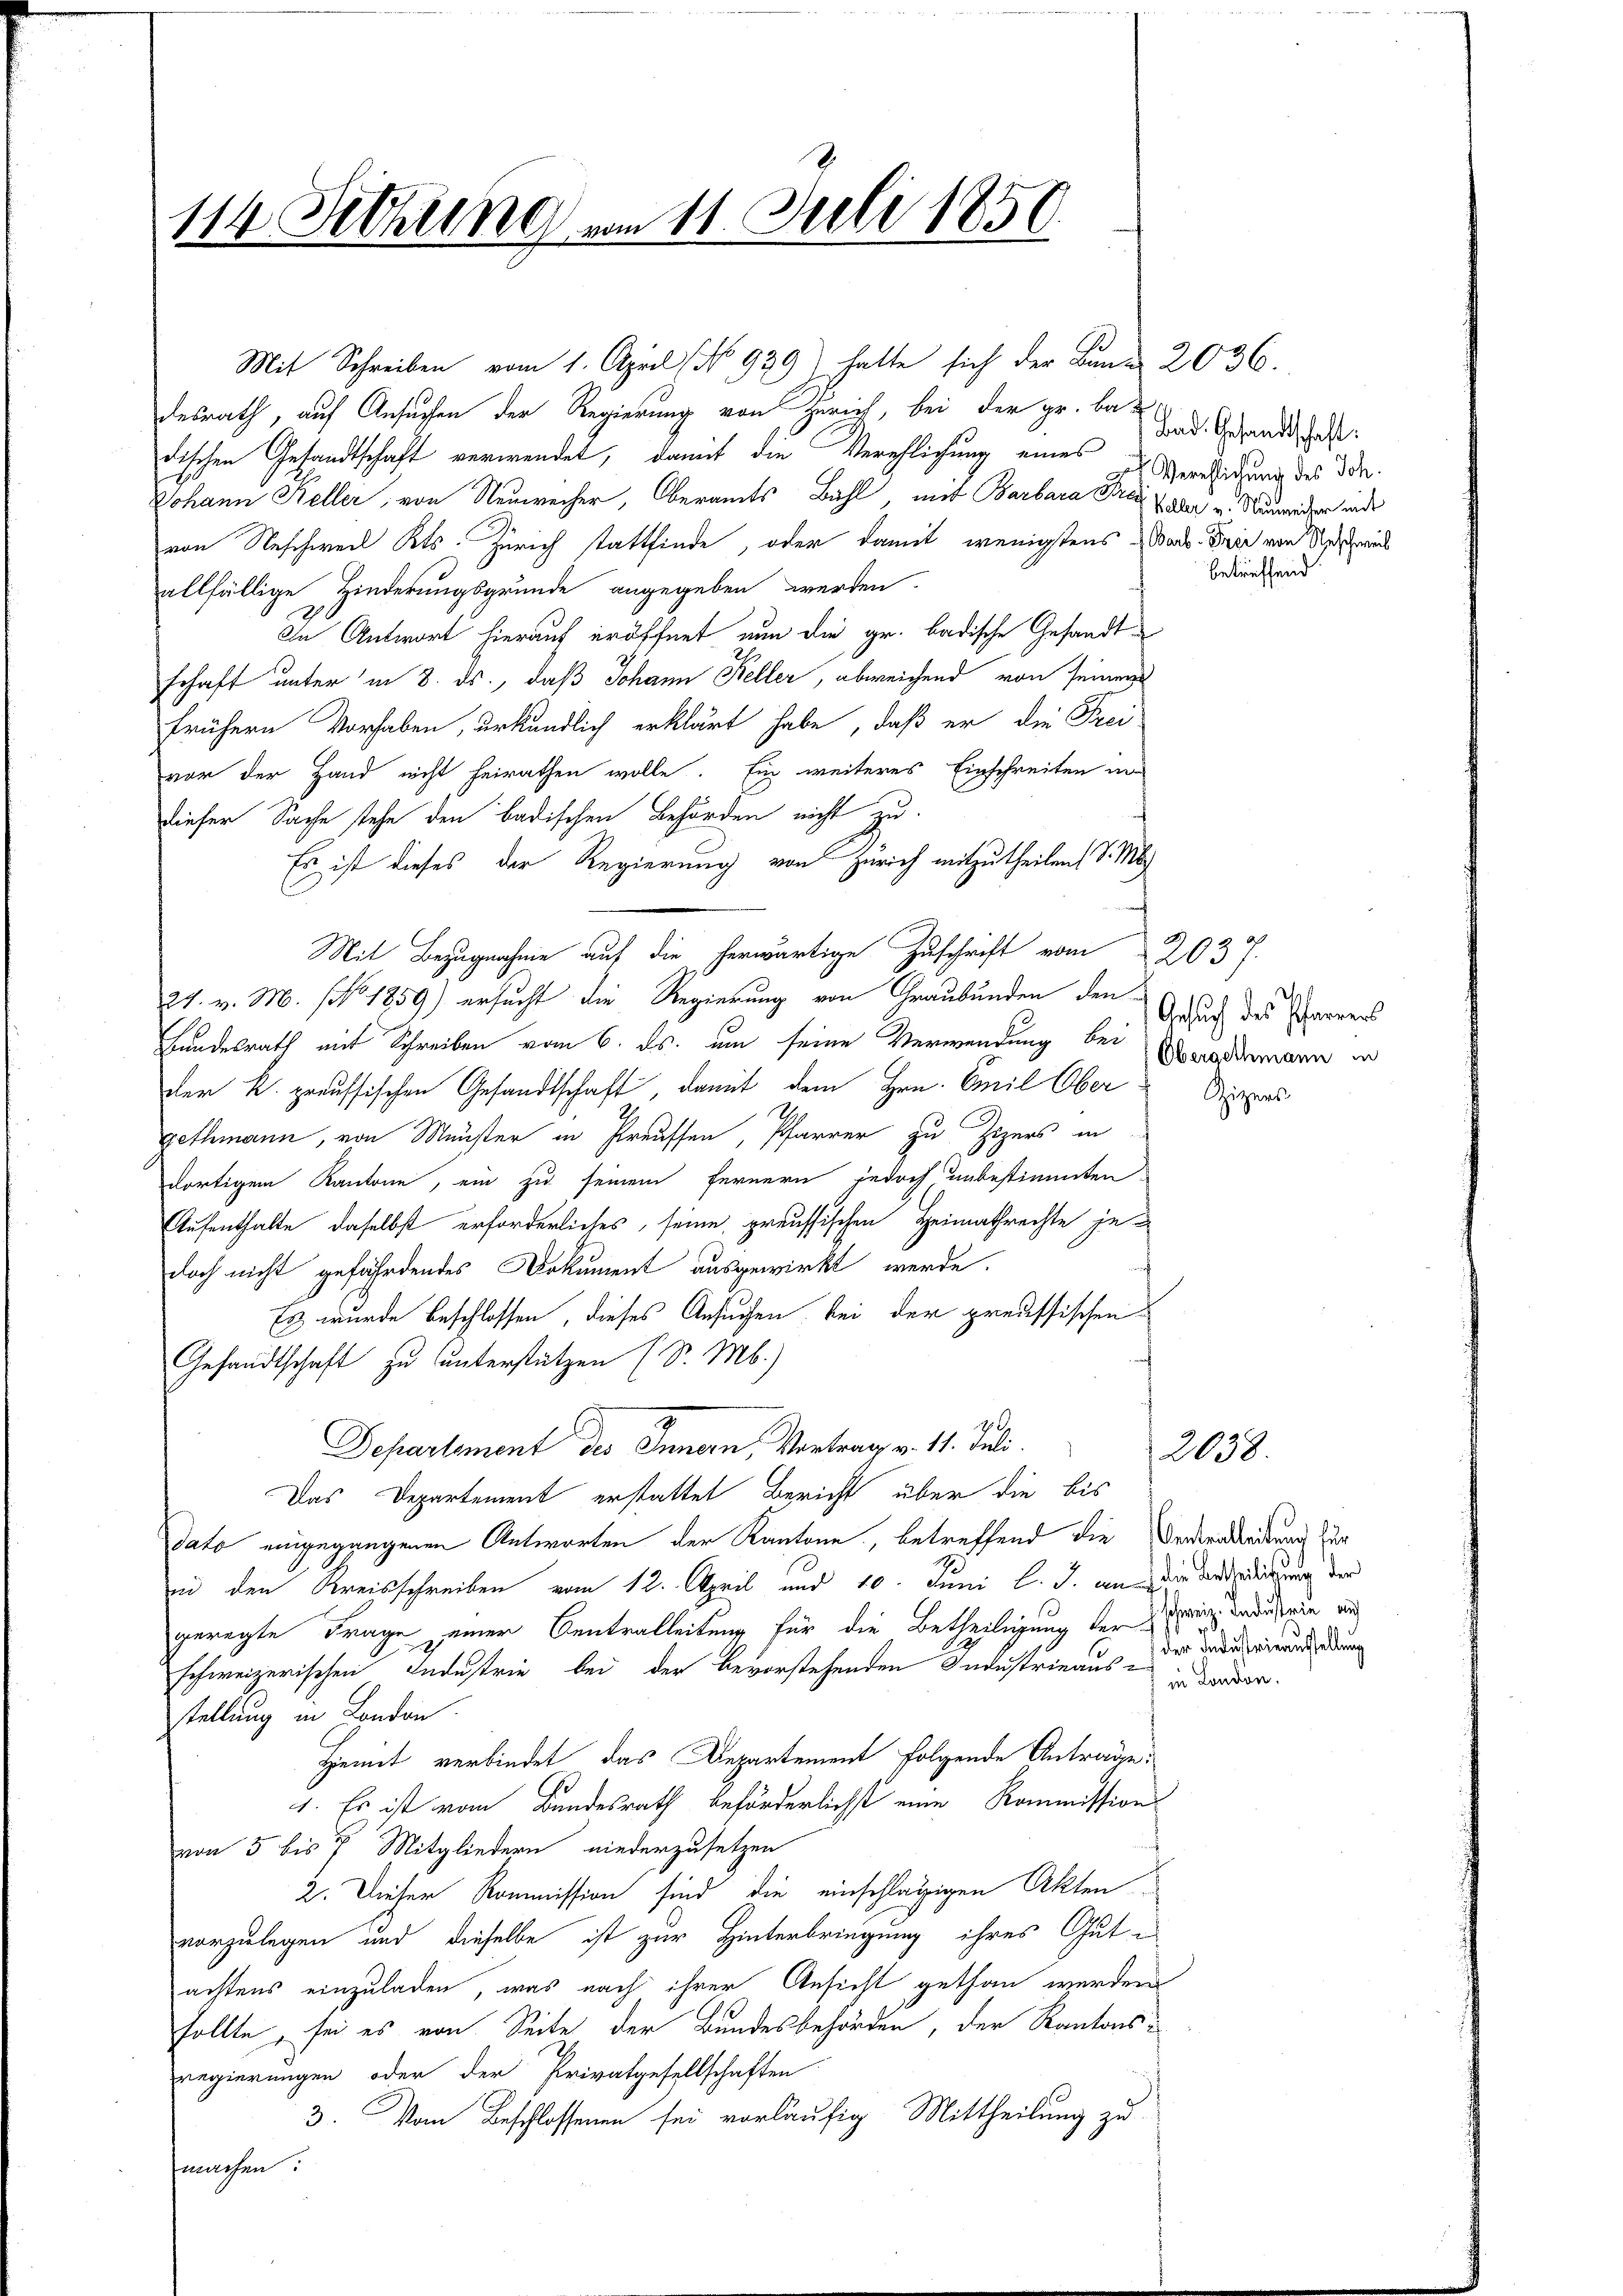
114 Sitzung vom 11. Juli 1850.

desrath, auf Ansuchen der Regierung von Zürich, bei der pr. bedischen Gesandtschaft verwendet, damit die Verehlichung eines
Johann Keller, von Neuweiser, Oberamts Bühl, mit Barbara Frei Tode u. Neuwider und
von Neschweil Kts. Zürich stattfinde, oder damit wenigstens Barb. Die von Unterrich
allfällige Hinderungsgrunde angegeben werden.
In Antwort hierauf eröffnet nun die gr. badische Gesandtschaft unter in 8. ds., daß Johann Keller, abweichend von seiner
frühern Vorhaben, urkundlich erklärt habe, daß er die Frei-
vor der Hand nicht heirathen wolle. Ein weiteres Einschreiten in
dieser Sache stehe den badischen Behörden nicht zu
Es ist dieses der Regierung von Zürich mitzutheilen, d. M.
Mit Bezugnahme auf die herwärtige Zuschrift vom 2037.
29. v. M. (No. 1859) ersucht die Regierung von Graubünden den
Bundesrath mit Schreiben vom 6. ds. um seine Verwendung bei Monddemann in
der k. preussischen Gesandtschaft, damit dem Hrn. Emil Obers
Gethmann, von Münster in Preussen, Pfarrer zu Zizers in
dortigem Kantone, ein zu seinem fernern jedoch, unbestimmten
Aufenthalte daselbst erforderliches, seine preussischen Heimathrechte je-
doch nicht gefährdendes Dokument ausgewirkt werde.
Es wurde beschlossen, dieses Ansuchen bei der preussischen
Gesandtschaft zu unterstützen (S. Mb.)
Separtement des Innern, Vortrag v. 11. Juli.
Das Departement erstattet Bericht über die bis
dato eingegangenen Antworten der Kantone, betreffend die Orderndeutung zur
und den Kreisschreiben vom 12. April und 10. Juni l. J. an die Angeleidung der
s
geregte Frage seiner Centralleitung für die Betheiligung der in Industrin un
schweizerischen Industrie bei der bevorstehenden Industrieausstellung in London.
Hiemit verbindet, das Departement folgende Antrage:
1. Es ist vom Bundesrath beförderlichst eine Kommissions
von 5 bis 7 Mitgliedern niederzusetzen
2. Dieser Kommission sind die einschlägigen Akten
vorzulegen und dieselbe ist zur Hinterbringung ihres Gute
achtens einzuladen, was nach ihrer Ansicht gethan werden
sollte, sei es von Seite der Bundesbehörden, der Kantonsregierungen oder der Privatgesellschaften
3. Vom Beschlossenen sei vorläufig Mittheilung zu
famchen.

Mit Schreiben vom 1. April (No 939) hatte sich der Bund 2036.

Bad. Gesandtschaft:
Verehlichung des Joh.
betreffend

Ansuch des Pfarrers

der Industrieausstellung
in London.

2038.